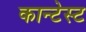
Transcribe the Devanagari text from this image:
कान्टेस्ट